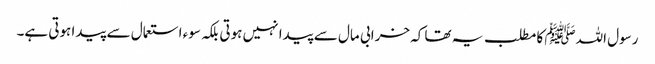
رسول اللہﷺ کا مطلب یہ تھا کہ خرابی مال سے پیدا نہیں ہوتی بلکہ سوء استعمال سے پیدا ہوتی ہے۔